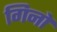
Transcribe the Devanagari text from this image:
गिनो